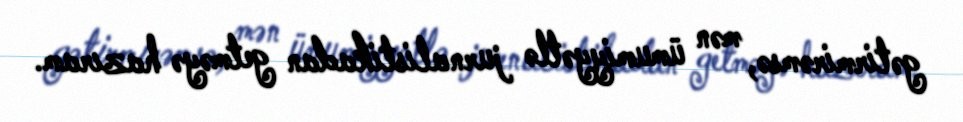
gətirmirəmsə, mən ümumiyyətlə jurnalistikadan getməyə hazıram.